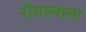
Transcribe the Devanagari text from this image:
रॉयल्सना